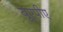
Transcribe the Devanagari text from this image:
यूएपीए